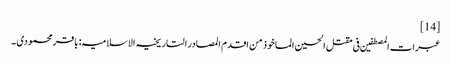
[14]
عبرات المصطفین فی مقتل الحسین الماخوذ من اقدم المصادر التاریخیہ الاسلامیہ: باقر محمودی ۔